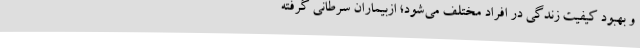
و بهبود کیفیت زندگی در افراد مختلف می‌شود؛ ازبیماران سرطانی گرفته